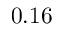
0 . 1 6